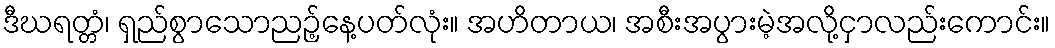
ဒီဃရတ္တံ၊ ရှည်စွာသောညဉ့်နေ့ပတ်လုံး။ အဟိတာယ၊ အစီးအပွားမဲ့အလို့ငှာလည်းကောင်း။